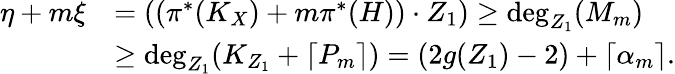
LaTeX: \begin{array}{rl}{\eta+m\xi}&{=(({\pi^{*}(K_{X})}+m\pi^{*}(H))\cdot Z_{1})\geq\mathrm{deg}_{Z_{1}}(M_{m})}\\ &{\geq\mathrm{deg}_{Z_{1}}(K_{Z_{1}}+\lceil P_{m}\rceil)=(2g(Z_{1})-2)+\lceil{\alpha_{m}}\rceil.}\end{array}